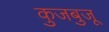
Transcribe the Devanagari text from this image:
कुजबुजू